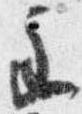
主